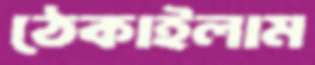
ঠেকাইলাম